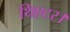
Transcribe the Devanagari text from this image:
थिएटर।